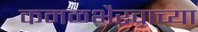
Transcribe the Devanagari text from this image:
कमळभैरवाच्या